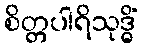
စိတ္တပါရိသုဒ္ဓိံ